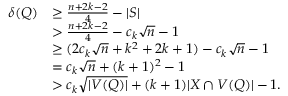
\begin{array} { r l } { \delta ( Q ) } & { \geq \frac { n + 2 k - 2 } { 4 } - | S | } \\ & { > \frac { n + 2 k - 2 } { 4 } - c _ { k } \sqrt { n } - 1 } \\ & { \geq ( 2 c _ { k } \sqrt { n } + k ^ { 2 } + 2 k + 1 ) - c _ { k } \sqrt { n } - 1 } \\ & { = c _ { k } \sqrt { n } + ( k + 1 ) ^ { 2 } - 1 } \\ & { > c _ { k } \sqrt { | V ( Q ) | } + ( k + 1 ) | X \cap V ( Q ) | - 1 . } \end{array}